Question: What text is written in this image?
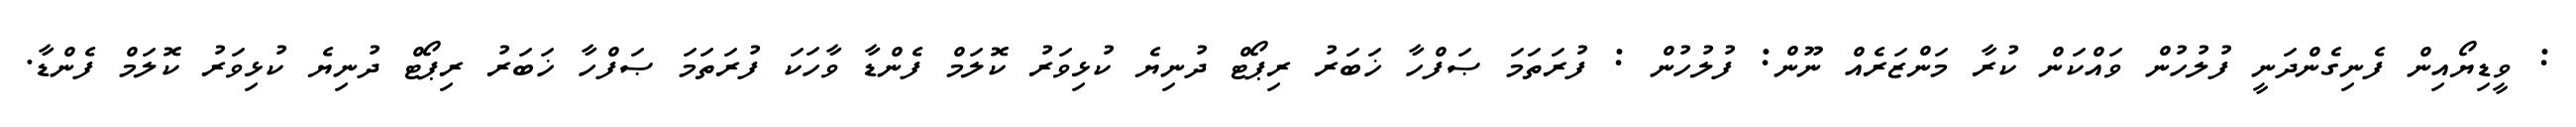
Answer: : ވީޑިޔޯއިން ފެނިގެންދަނީ ފުލުހުން ވައްކަން ކުރާ މަންޒަރެއް ނޫން: ފުލުހުން : ފުރަތަމަ ޞަފްހާ ޚަބަރު ރިޕޯޓް ދުނިޔެ ކުޅިވަރު ކޮލަމް ފެންޑާ ވާހަކަ ފުރަތަމަ ޞަފްހާ ޚަބަރު ރިޕޯޓް ދުނިޔެ ކުޅިވަރު ކޮލަމް ފެންޑާ.